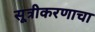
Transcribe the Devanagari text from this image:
सूत्रीकरणाचा